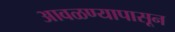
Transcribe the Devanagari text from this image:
आवळण्यापासून